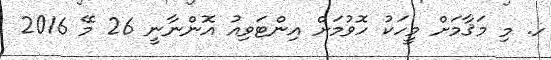
ހ. މި މަޤާމަށް މީހަކު ހޮވުމަށް އިންޓަވިއު އޮންނާނީ 26 މޭ 2016